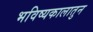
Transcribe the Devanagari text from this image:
भविष्यकालातुन